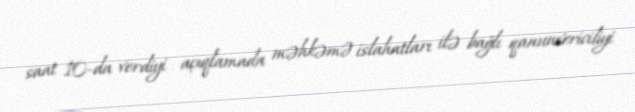
saat 10-da verdiyi açıqlamada məhkəmə islahatları ilə bağlı qanunvericiliyi